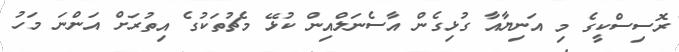
ރޮސިސްކީގެ މި އަނިޔާއާ ގުޅިގެން އާސެނަލްއިން ކުޅޭ މެޗުތަކުގެ އިތުރަށް އަންނަ މަހު